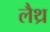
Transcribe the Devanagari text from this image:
लैथ्र